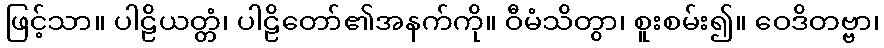
ဖြင့်သာ။ ပါဠိယတ္တံ၊ ပါဠိတော်၏အနက်ကို။ ဝီမံသိတွာ၊ စူးစမ်း၍။ ဝေဒိတဗ္ဗာ၊